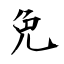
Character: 免